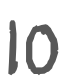
Text: 10
Cross-out: clean
Writing tool: digital_gray